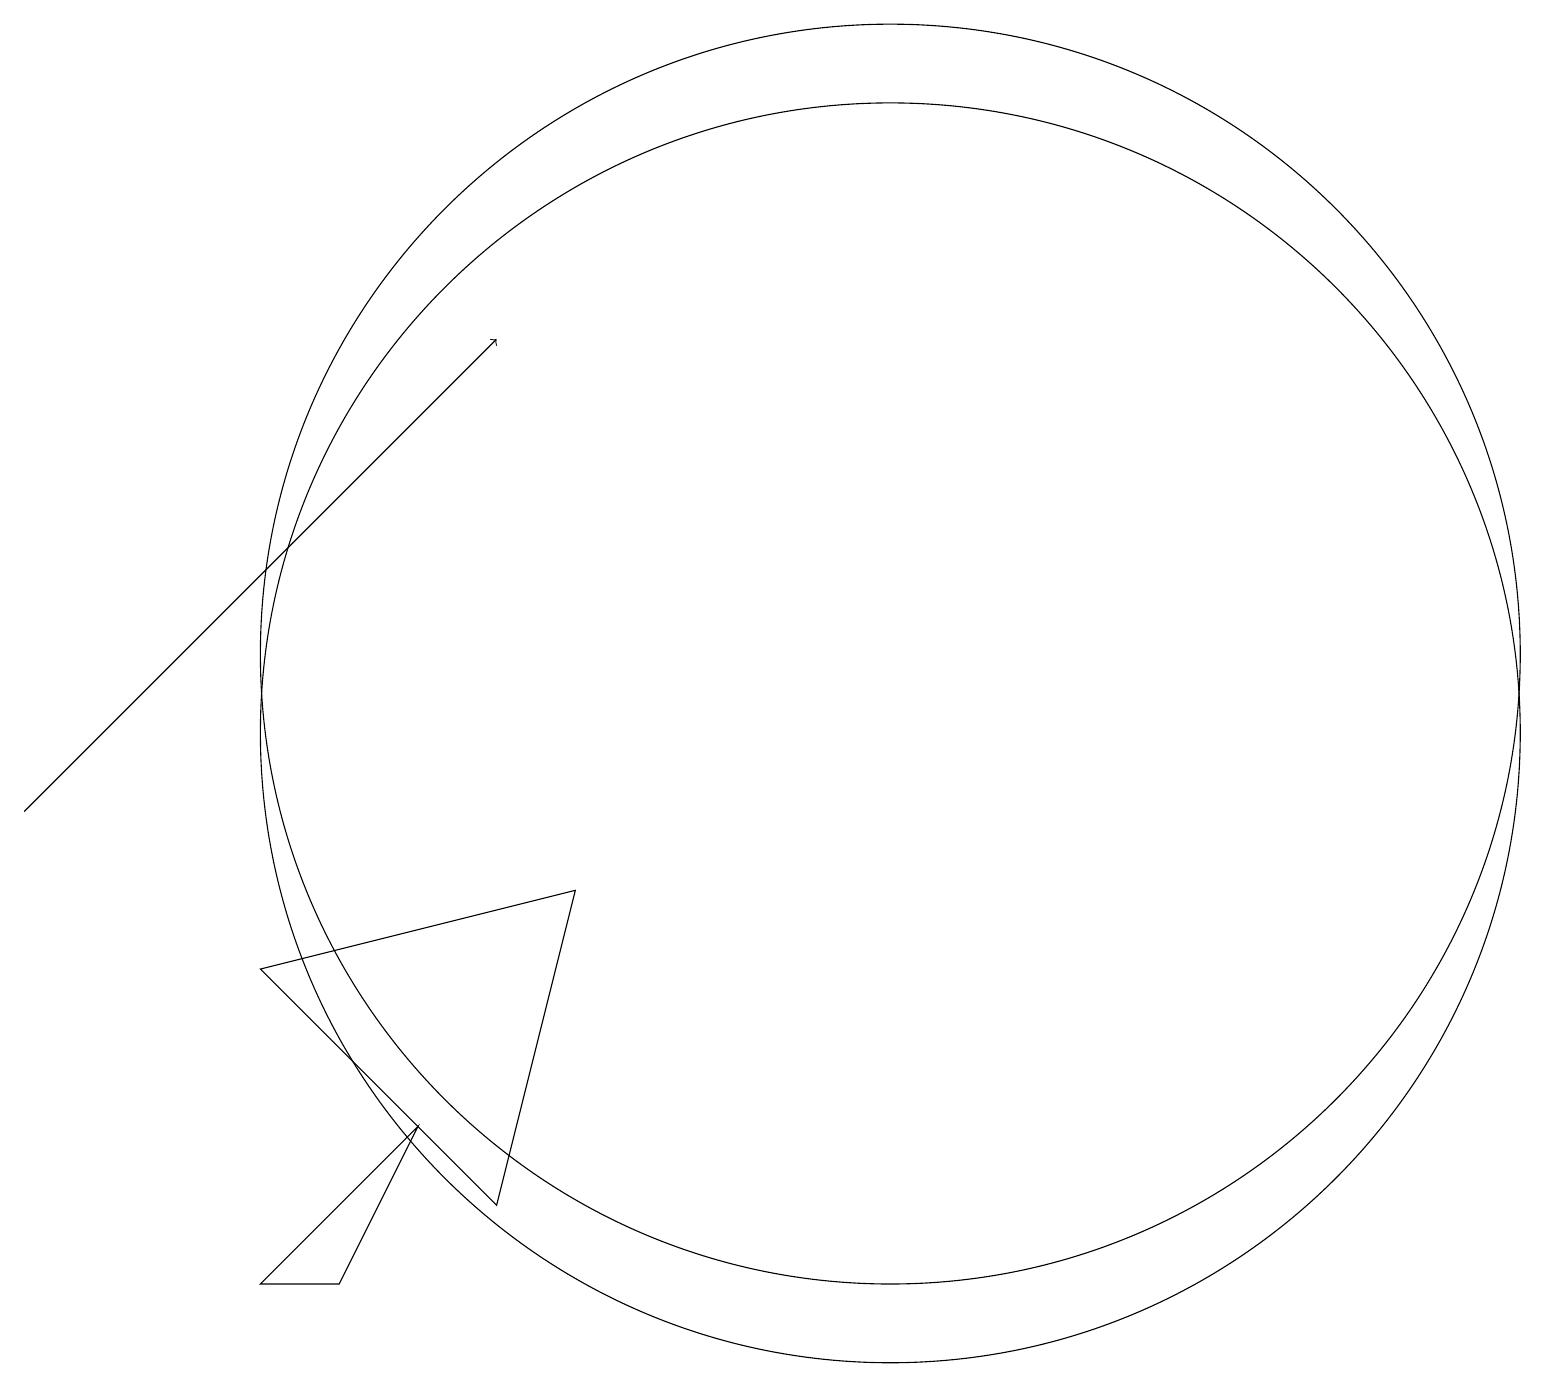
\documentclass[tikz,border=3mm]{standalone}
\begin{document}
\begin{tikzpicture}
\draw[->] (0,10) -- (6,16);
\draw (11,11) circle (8);
\draw (10,11) circle (0);
\draw (3,4) -- (5,6) -- (4,4) -- cycle;
\draw (3,8) -- (6,5) -- (7,9) -- cycle;
\draw (11,12) circle (8);
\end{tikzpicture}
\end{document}